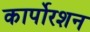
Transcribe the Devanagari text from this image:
कार्पोरशन